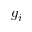
g _ { i }